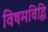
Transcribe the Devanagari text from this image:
विषमविद्धि